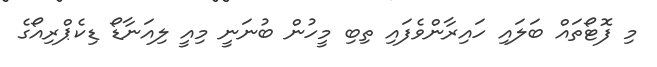
މި ފޮޓޯތައް ބަލައި ހައިރާންވެފައި ތިބި މީހުން ބުނަނީ މިއީ ލިއަނާޑޯ ޑިކެޕްރިއޯގެ